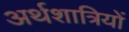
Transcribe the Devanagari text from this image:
अर्थशात्रियों